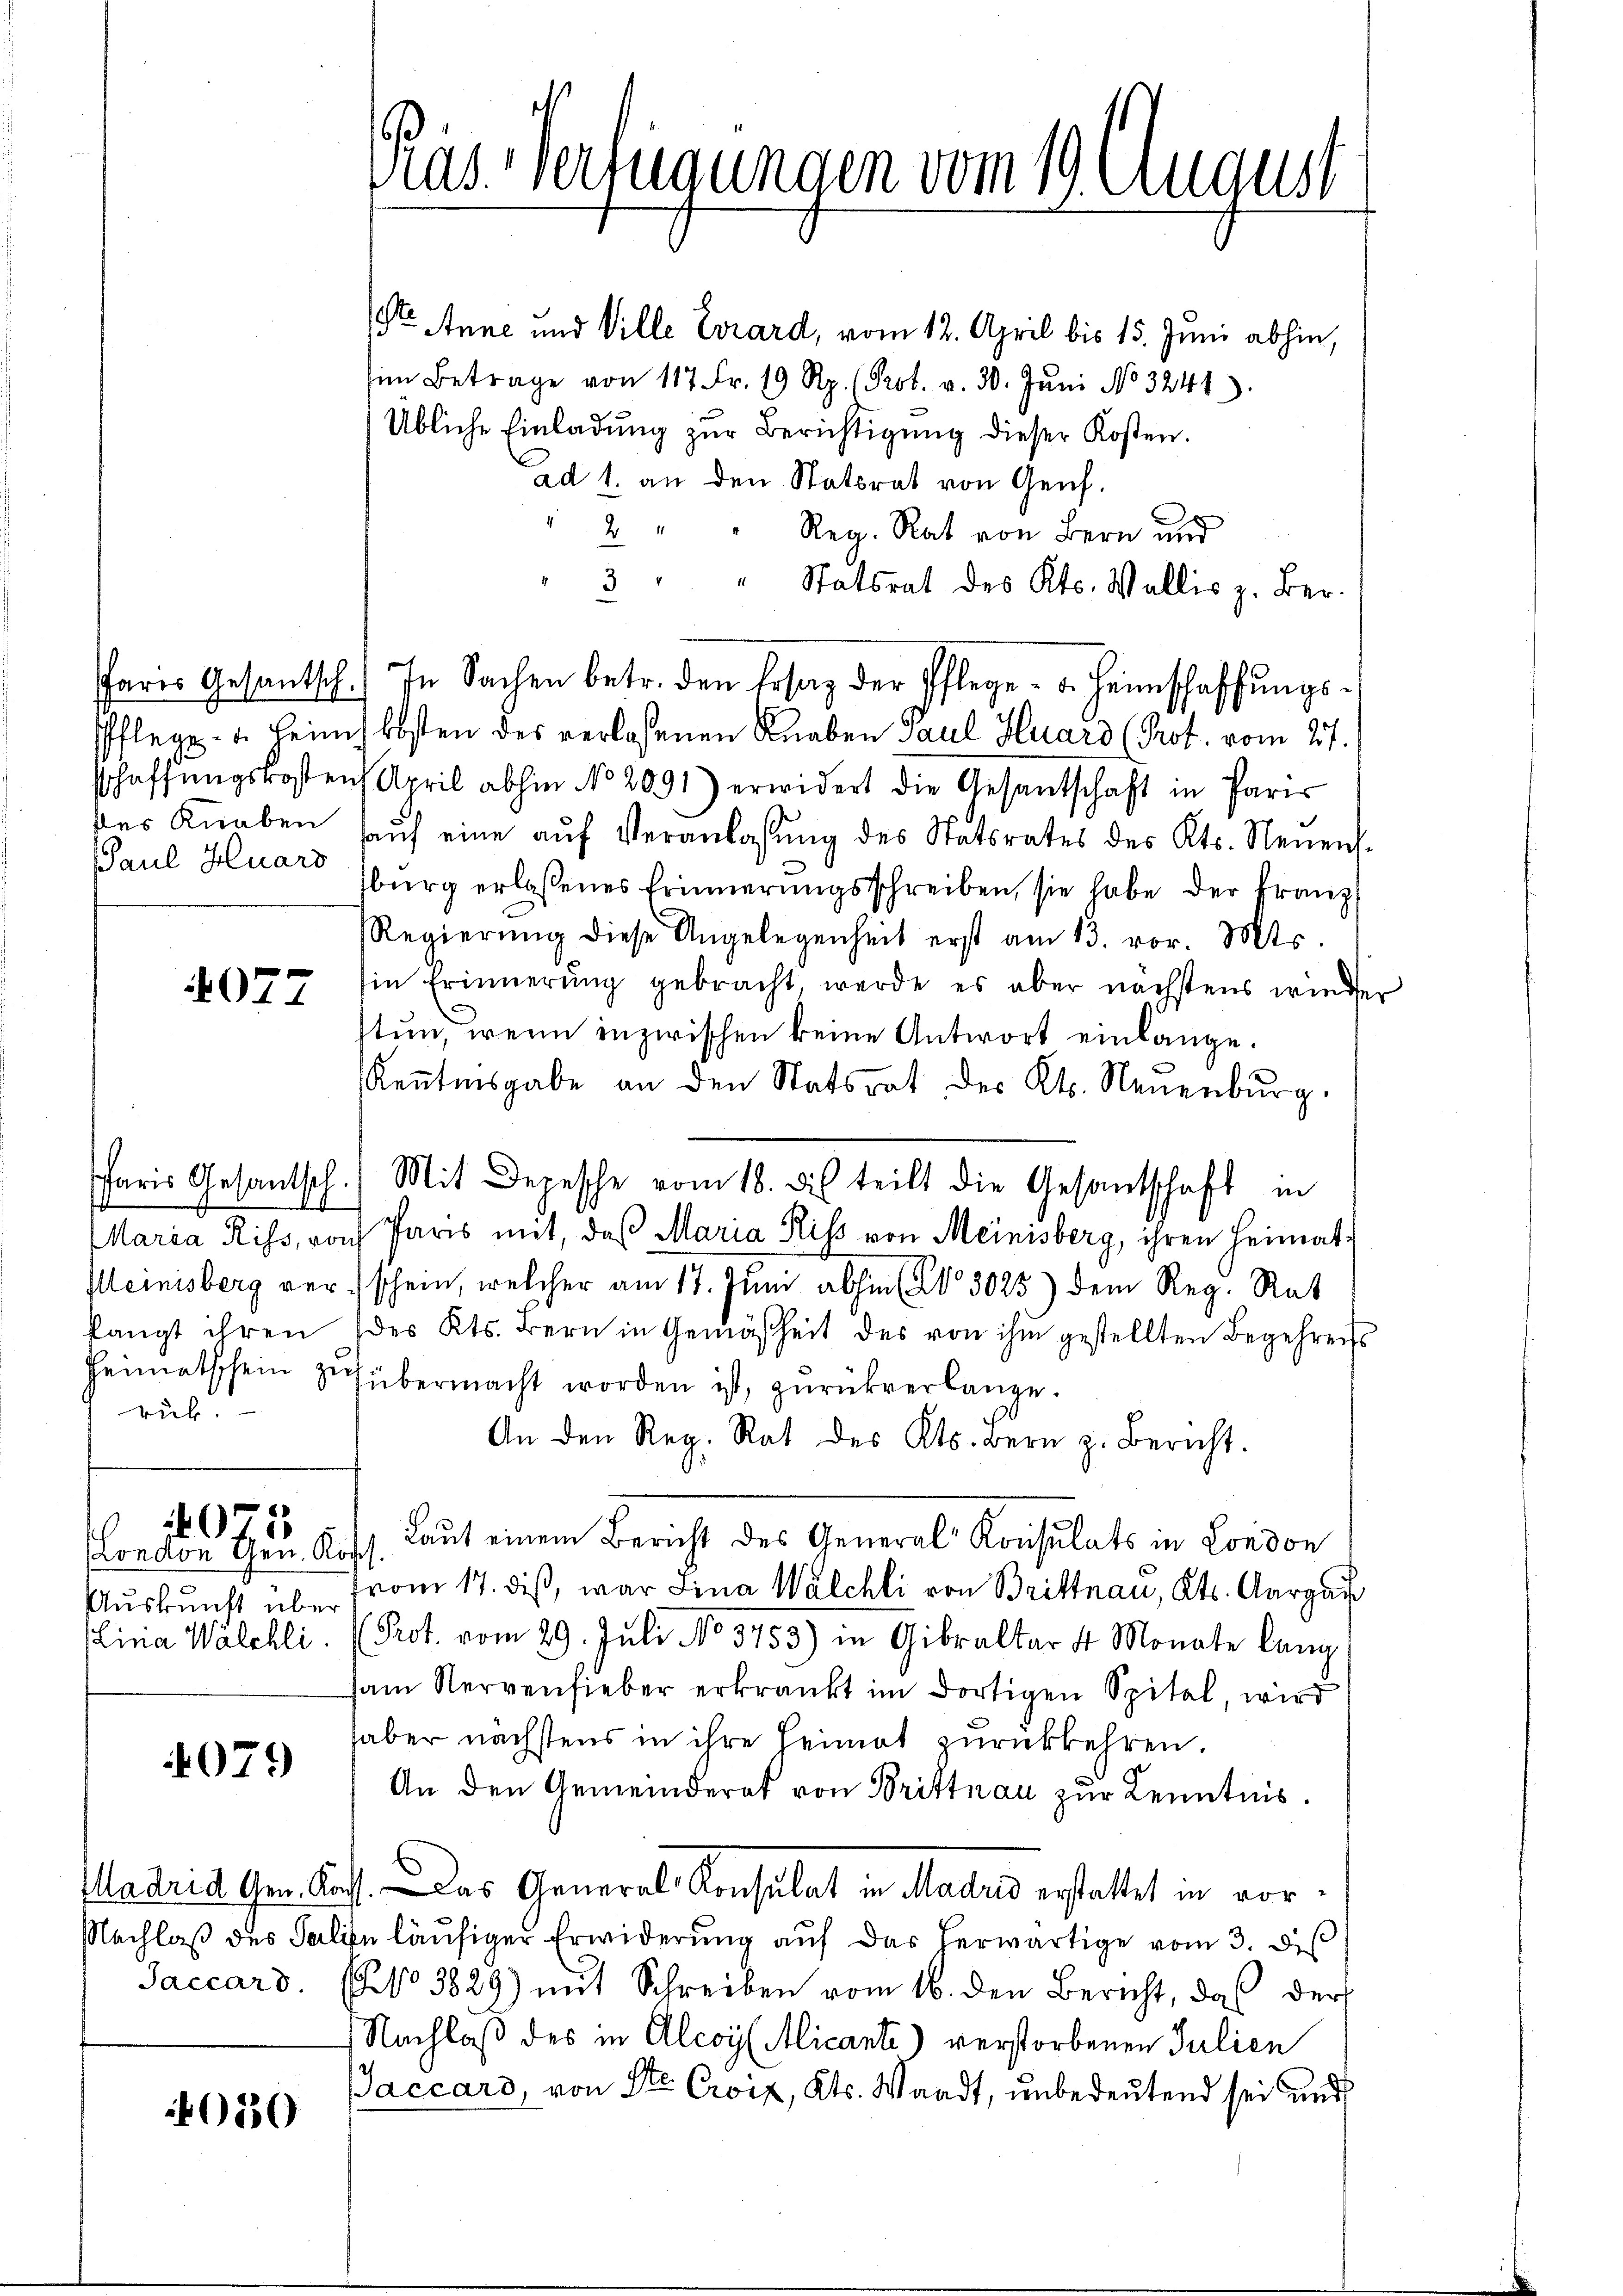
PPaul Huars

4077

london Gen. Kopf

4074

050

s
ruf.

t Anne und Ville Errard, vom 12. April bis 15. Juni abhin,
im Betrage von 117 Fr. 19 Rp. 1. Prot. v. 30. Jŭni No 3241).
Übliche Einladŭng zŭr Berichtigŭng dieser Kosten.
ad 1. an den Statsrat von Genf.
2
Reg. Rat von Bern und
3
Statsrat des Kts. Wallis z. Berfares Gesantsch.) In Sachen betr. den Erstag der Pflege - u. Heimschaffŭngs-
Pflege u. Heims kosten des verlassenen Knaben Paul Huard (Prof. vom 27.
sschaffŭngskosten April abhin No 2091) erwidert die Gesantschaft in Paris
ßer Knaben auch eine aŭf Veranlassŭng des Statsrates des Kts. Neuens-
sburg erlaßenes Erinnerungsschreiben, sie habe der Franz
Regierŭng diese Angelegenheit erst am 13. vor. Mts.
in Erinnerung gebracht, werde es aber nächstens wieder
tun, wenn inzwischen keine Antwort einlänge.
Keṅtnisgabe an den Statsrat des Kts. Neuenburg.
Maria Riss, von Paris mit, daß Maria Riss von Meinisberg, ihren Heimat¬
Kleinisberg verschein, welcher am 17. Juni abhin (§ 3025) dem Reg. Rat
langt ihren des Kts. Bern in Gemäßheit des von ihm gestellten Begehrens
Heimatschein Schübermacht worden ist, zŭrückverlange.
An den Reg. Rat des Kts. Bern z. Bericht.
Laut einem Bericht des General- Konsulats in London
Auskunft über from 17. dieß, war Fina Walchli von Brittnau, Kts. Aargau
Mina Walchli. (Prot. vom 29. Juli No 3753) in Giraltar 4 Monate lang
am Nervenfieber erkrankt im dortigen Spital, wird
aber nächstens in ihre Heimat zurückkehren.
An den Gemeinderat von Brittnau zur Kenntnis.
Madrid Gen. Kass. Das General Konsulat in Madrid erstattet in vor¬
Nachlaß des Salien läufiger Erwiderung auf das herwärtige vom 3. d
Jaccard. (No 3829) mit Schreiben vom 16. den Bericht, daß der
Nachlaß des in Alcoy Alicante) verstorbenen Julien
Jaccaro, von Str. Croix, Kts. Waadt, unbedeutend sei und

ras. Verfügungen vom 19. August

Paris Gesantsch.) Mit Depesche vom 18. des teilt die Gesantschaft in